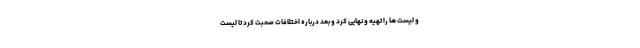
و لیست ها را تهیه و نهایی کرد و بعد درباره اختلافات صحبت کرد تا لیست